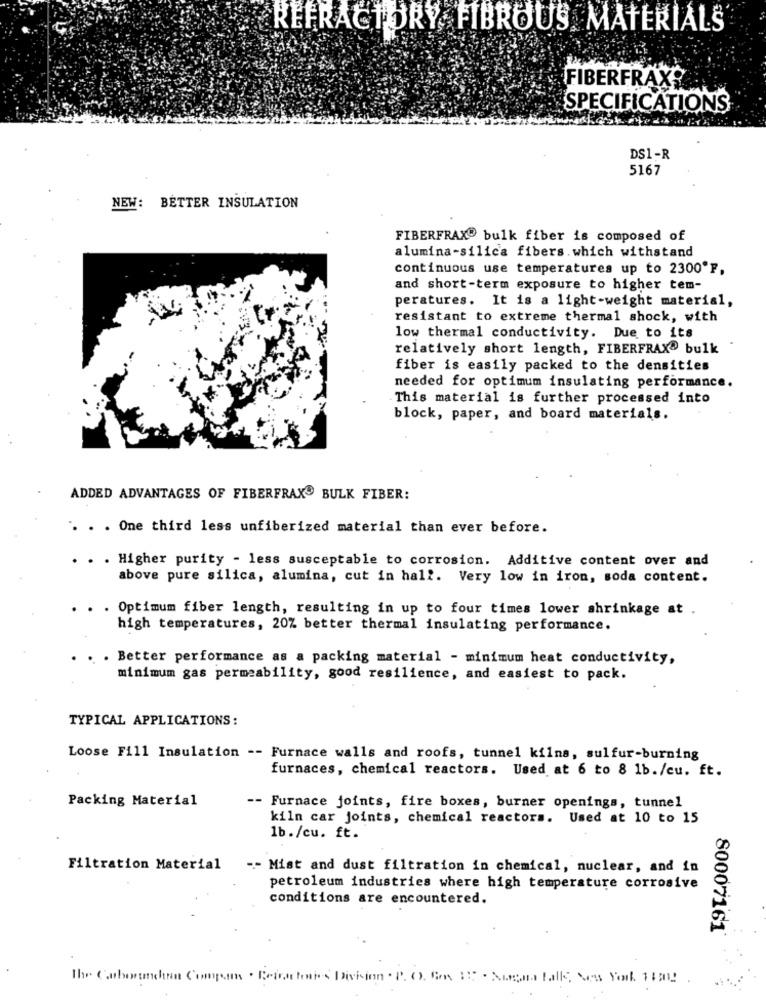
REFRACTORY FIBROUS MATERIALS
FIBERFRAX?
SPECIFICATIONS
DS1-R
5167
NEW: BETTER INSULATION
FIBERFRAX® bulk fiber is composed of
alumina-silica fibers. which withstand
continuous use temperatures up to 2300ºF,
and short-term exposure to higher tem-
peratures. It is a light-weight material,
resistant to extreme thermal shock, with
low thermal conductivity. Due to its
relatively short length, FIBERFRAX® bulk
fiber is easily packed to the densities
needed for optimum insulating performance.
This material is further processed into
block, paper, and board materials.
ADDED ADVANTAGES OF FIBERFRAX BULK FIBER:
. . . One third less unfiberized material than ever before.
. . Higher purity - less susceptable to corrosion. Additive content over and
above pure silica, alumina, cut in hall. Very low in iron, soda content.
. . Optimum fiber length, resulting in up to four times lower shrinkage at .
high temperatures, 20% better thermal insulating performance.
.. . Better performance as a packing material - minimum heat conductivity,
minimum gas permeability, good resilience, and easiest to pack.
TYPICAL APPLICATIONS:
Loose Fill Insulation -- Furnace walls and roofs, tunnel kilns, sulfur-burning
furnaces, chemical reactors. Used at 6 to 8 1b./cu. ft.
Packing Material
-- Furnace joints, fire boxes, burner openings, tunnel
kiln car joints, chemical reactors. Used at 10 to 15
1b./cu. ft.
Filtration Material -- Mist and dust filtration in chemical, nuclear, and in
petroleum industries where high temperature corrosive
conditions are encountered.
80007161
The Cobounden Compan . Beiatoires Diskion . P. O. Com IS . Suena talk, Ses Youl. 14m2